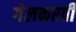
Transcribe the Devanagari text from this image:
गेलकरवी